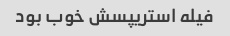
فیله استریپسش خوب بود